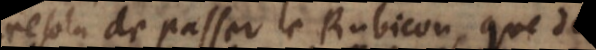
resolu de passer le Rubicon, que de